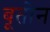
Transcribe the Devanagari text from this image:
बूतोन